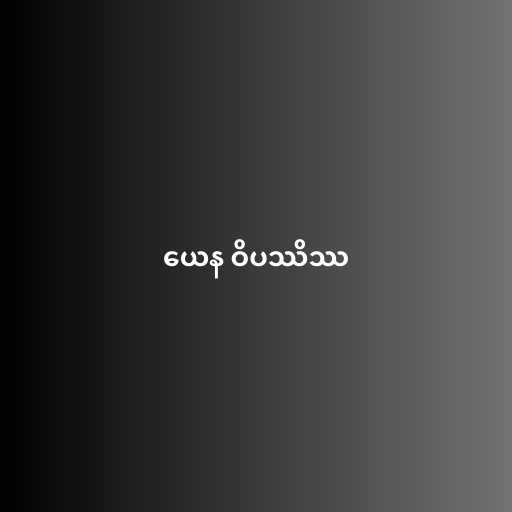
ယေန ဝိပဿိဿ